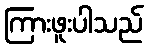
ကြားဖူးပါသည်